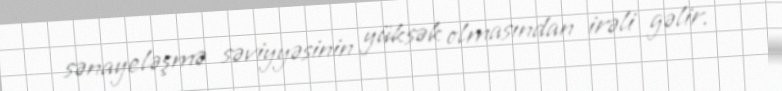
sənayeləşmə səviyyəsinin yüksək olmasından irəli gəlir.